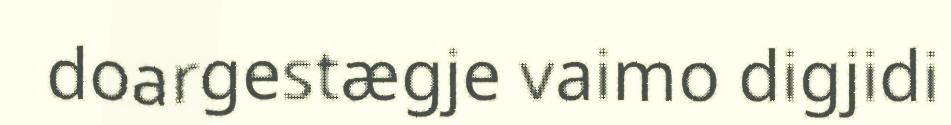
doargestægje vaimo digjidi